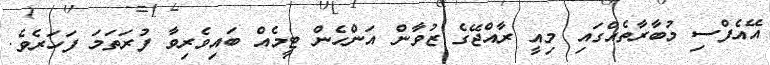
އޭއެފްސި މުބާރާތެއްގައި މިއީ ރާއްޖޭގެ ޒުވާން އަންހެން ޓީމެއް ބައިވެރިވާ ފުރަތަމަ ފަހަރެވެ.